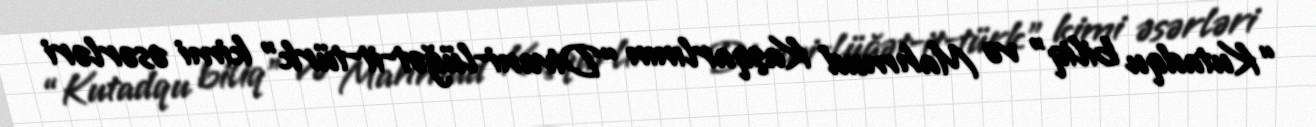
“Kutadqu biliq” və Mahmud Kaşqarlının “Divani-lüğət-it-türk” kimi əsərləri